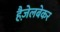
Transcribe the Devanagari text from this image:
हैज़ेलबेकर